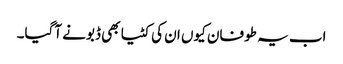
اب یہ طوفان کیوں ان کی کٹیا بھی ڈبونے آگیا۔